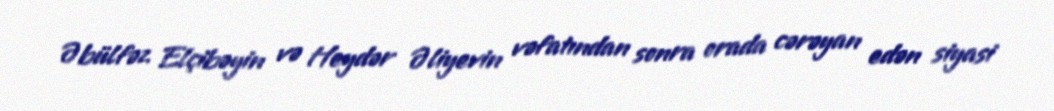
Əbülfəz Elçibəyin və Heydər Əliyevin vəfatından sonra orada cərəyan edən siyasi